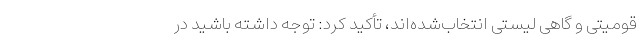
قومیتی و گاهی لیستی انتخاب‌شده‌اند، تأکید کرد: توجه داشته باشید در